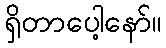
ရှိတာပေါ့နော်။